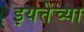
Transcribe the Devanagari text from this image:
इयत्तेच्या